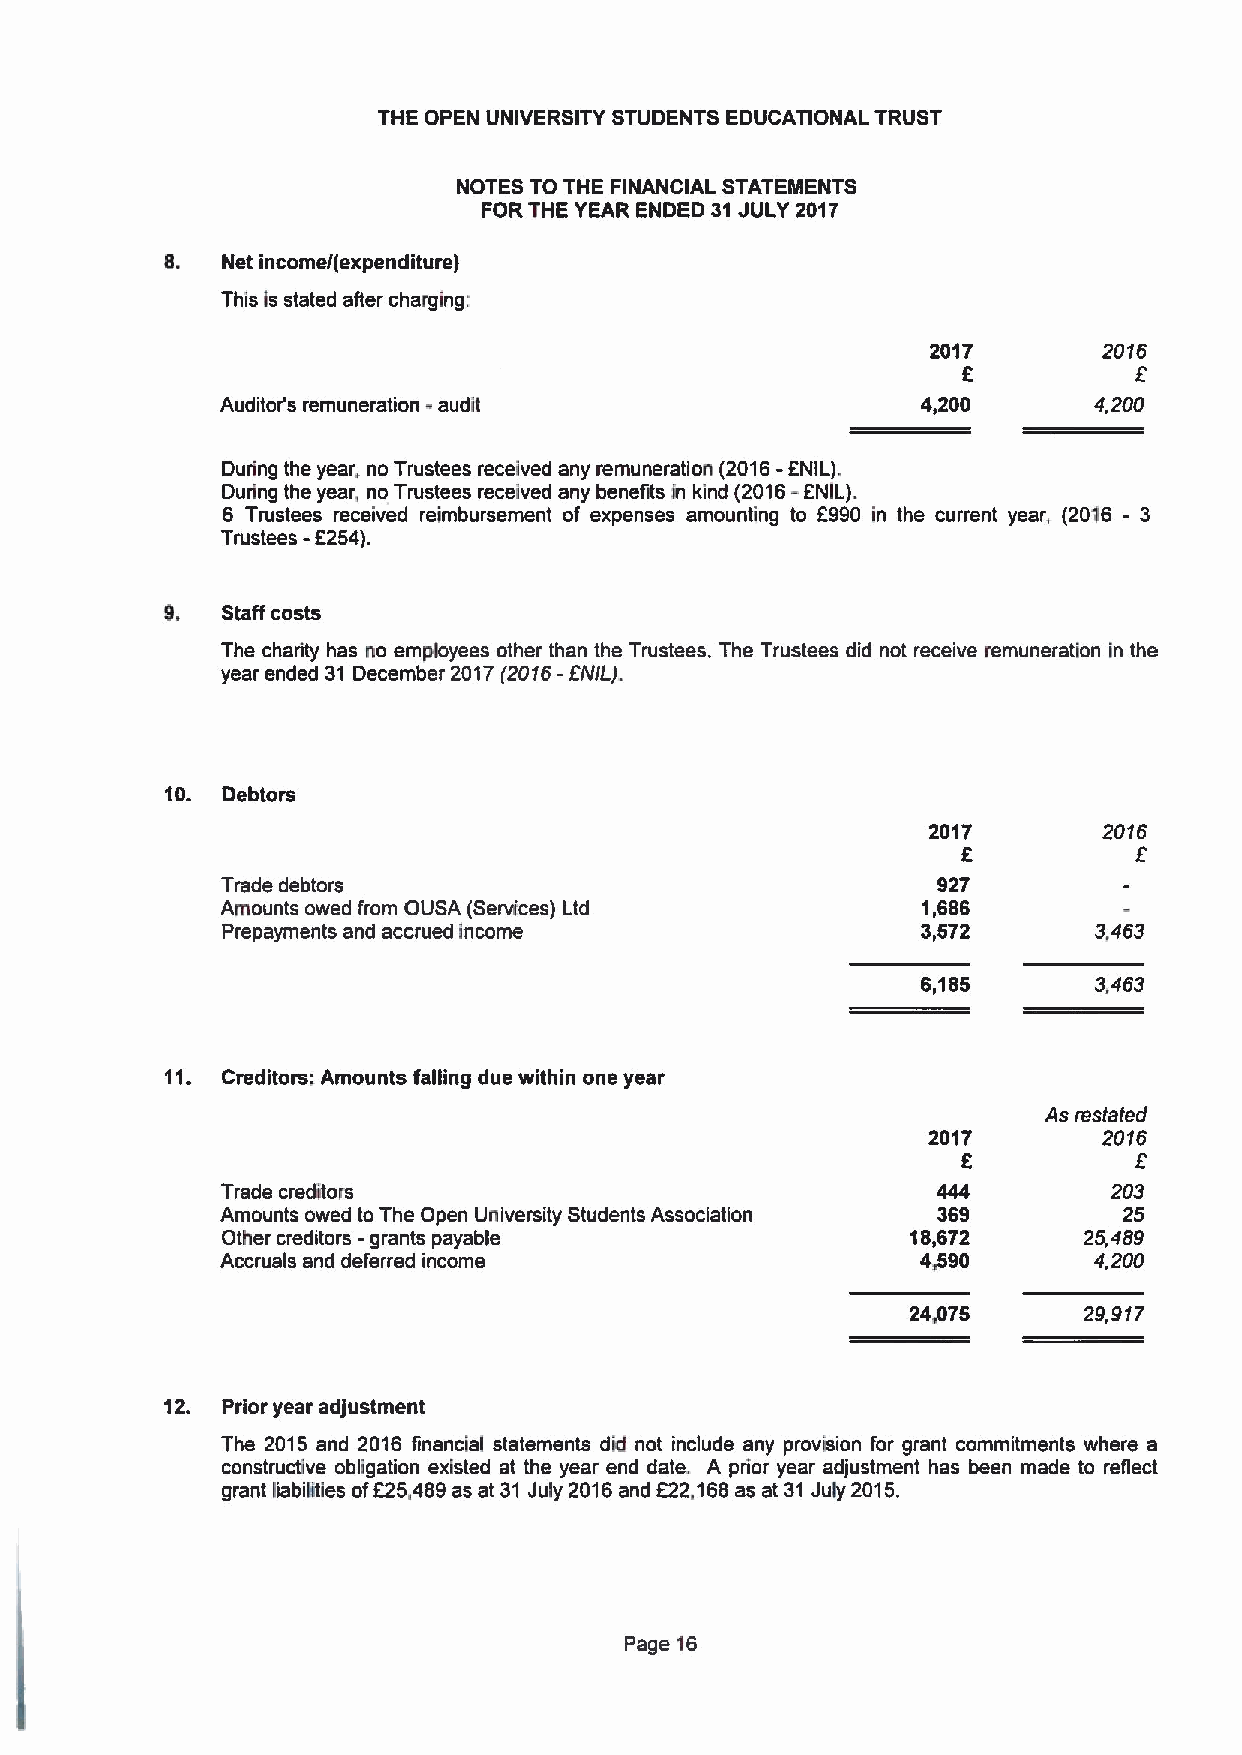
THE OPEN UNIVERSITY STUDENTS EDUCATIONAL TRUST
 NOTES TO THE FINANCIAL STATEMENTS
 FORTHE YEAR ENDED 31JULY 2017
 8.  Net income/(expenditure)
 This is stated after charging:
 2017       2016
 f
 Auditor's remuneration -audit                 4,200      4,200
 During the year. no Trustees received any remuneration (2016-FNIL).
 -
 During the year, no Trustees received any benefks fn kind (2016 ENIL).
 6 Trustees received reimbursement of expenses amounting to F990 in the current year, (2016 - 3
 Trustees
 -6254).
 9.  Staff costs
 The charity has no employees other than the Trustees. The Trustees did not receive remuneration in the
 year ended 31 December 2017(2016- EN/L)
 10. Debtors
 2017       2016
 Trade debtors                                  927
 Amounts owed from OUSA (Services) Ltd         1,686
 Prepayments and accrued income                3,572      3,463
 6,185      3,463
 11. Creditors: Amounts falling due within one year
 As restated
 2017        2016
 5          5
 Trade creditors                                444         203
 Amounts owed to The Open University Students Association 369 25
 Other creditors -grants payable              18,672      25,489
 Accruals and deferred income                  4,590      4,200
 24,075      29,917
 12. Prior year adjustment
 The 2015 and 2016 financial statements did not include any provision for grant commitments where a
 constructive obligation existed at the year end date. A prior year adjustment has been made to reflect
 grant liabilities of625,489as at 31 July 2016and 522,168as at 31July 2015.
 Page 16